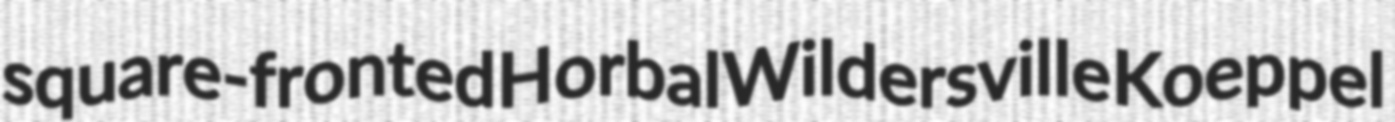
square-fronted Horbal Wildersville Koeppel